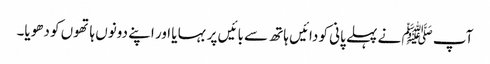
آپ ﷺ نے پہلے پانی کو دائیں ہاتھ سے بائیں پر بہا یا اور اپنے دونوں ہاتھوں کو دھویا۔